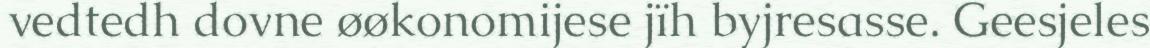
vedtedh dovne øøkonomijese jïh byjresasse. Geesjeles